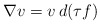
\begin{align*} \nabla v=v\,d(\tau f)\end{align*}